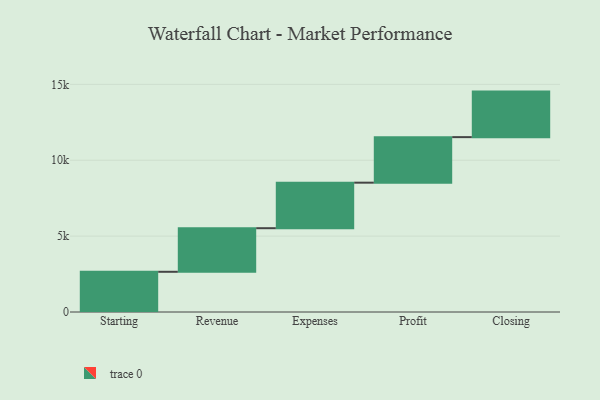
{"axis": {"x": "Step", "y": "Value"}, "legend": [""], "data": [{"x": "Starting", "y": 2649.0, "type": ""}, {"x": "Revenue", "y": 2872.0, "type": ""}, {"x": "Expenses", "y": 3000, "type": ""}, {"x": "Profit", "y": 3000, "type": ""}, {"x": "Closing", "y": 3000, "type": ""}]}